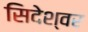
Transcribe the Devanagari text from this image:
सिदेश्वर